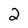
Character: 2